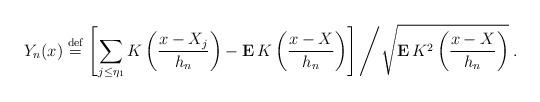
LaTeX: \begin{align*}Y_{n}(x)\stackrel{\rm def}{=}\left[ \sum_{j\leq \eta _{1}}K\left( \frac{x-X_{j}}{h_{n}}\right) -{\bf E\,}K\left( \frac{x-X}{h_{n}}\right) \right]\left/ \sqrt{{\bf E\,}K^{2}\left( \frac{x-X}{h_{n}}\right) }\right. .\end{align*}